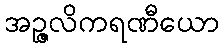
အဉ္ဇလိကရဏီယော